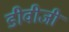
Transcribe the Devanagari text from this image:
डीवीजी